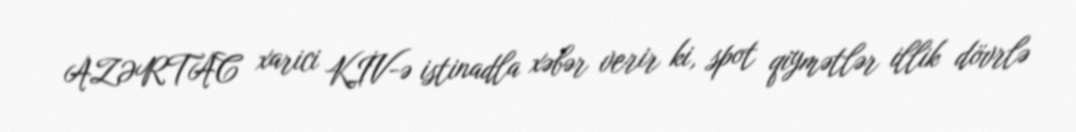
AZƏRTAC xarici KİV-ə istinadla xəbər verir ki, spot qiymətlər illik dövrlə